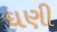
ઘણી